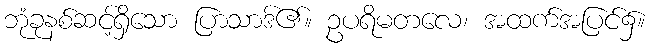
ဘုံခုနစ်ဆင့်ရှိသော ပြာသာဒ်၏။ ဥပရိမတလေ၊ အထက်အပြင်၌။